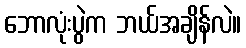
ဘောလုံးပွဲက ဘယ်အချိန်လဲ။